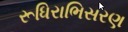
રૂધિરાભિસરણ